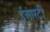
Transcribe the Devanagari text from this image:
ईआरटी